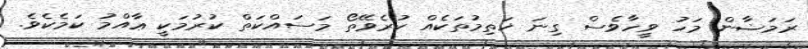
ރަމަޟާން މަހު ވީހާވެސް ގިނަ ޚަތިމުތަކެއް ކުރެވޭތޯ މަސައްކަތް ކުރުމަކީ ޢާއްމު ކަމެކެވެ.